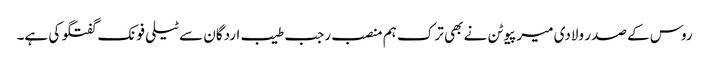
روس کے صدر ولادی میر پیوٹن نے بھی ترک ہم منصب رجب طیب اردگان سے ٹیلی فونک گفتگو کی ہے۔